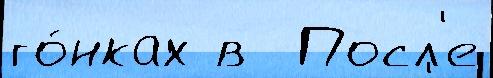
го́нках в  Посл'е